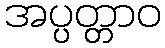
အပ္ပတ္တာဝ